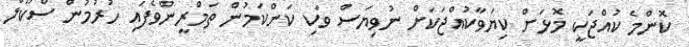
ކޮންމެ ކުއްޖަކީ މޮޅަށް ކިޔަވާކުއްޖަކަށް ނުވިޔަސް ވަކި ކަންކަމުން ތަމްރީންވެފައި ހުރުމުން ސްކޫލް